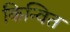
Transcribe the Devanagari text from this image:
किन्वित